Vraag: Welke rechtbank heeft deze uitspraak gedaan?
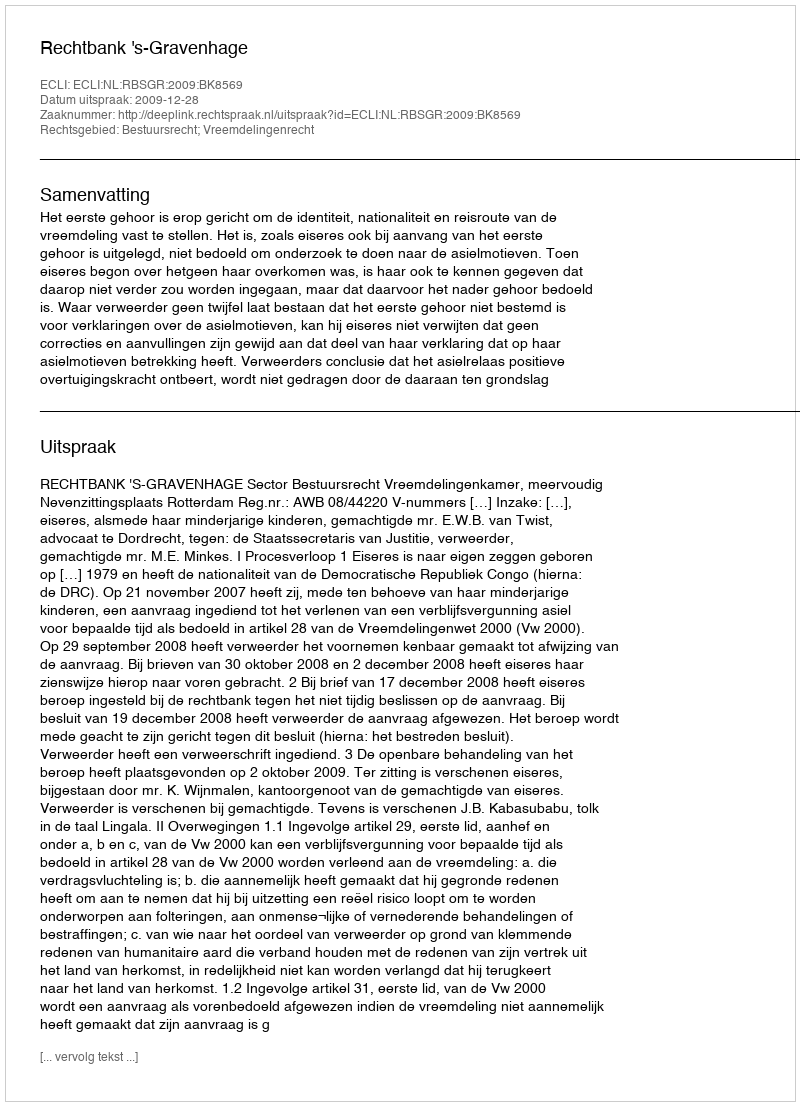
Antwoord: Rechtbank 's-Gravenhage